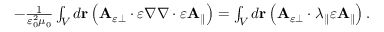
\begin{array} { r } { - \frac { 1 } { \varepsilon _ { 0 } ^ { 2 } \mu _ { 0 } } \int _ { V } d \mathbf { r } \left( \mathbf { A } _ { \varepsilon \perp } \cdot \varepsilon \nabla \nabla \cdot \varepsilon \mathbf { A } _ { \parallel } \right) = \int _ { V } d \mathbf { r } \left( \mathbf { A } _ { \varepsilon \perp } \cdot \lambda _ { \parallel } \varepsilon \mathbf { A } _ { \parallel } \right) . } \end{array}